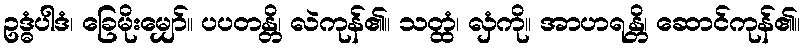
ဥဒ္ဓံပါဒံ၊ ခြေမိုးမျှော်။ ပပတန္တိ၊ လဲကုန်၏။ သတ္ထံ၊ လှံကို။ အာဟရန္တိ၊ ဆောင်ကုန်၏။